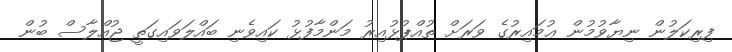
ފިރިކަލުން ނިޔާވުމުން ޢުމައިރުގެ ވަރަށް ތުއްޕުޅުއިރު މަންމާފުޅު ކައިވެނި ބައްލަވައިގަތީ ޖުއްލާސް ބުން